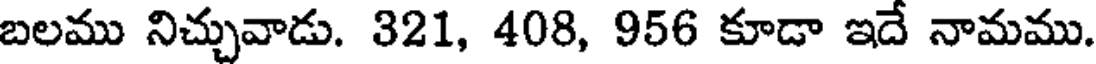
బలము నిచ్చువాడు. 321, 408, 956 కూడా ఇదే నామము.